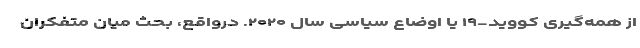
از همه‌گیری کووید-۱۹ یا اوضاع سیاسی سال ۲۰۲۰. درواقع، بحث میان متفکران